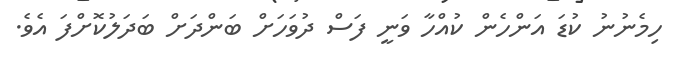
ހިމެނުނު ކުޑަ އަންހެން ކުއްހާ ވަނީ ފަސް ދުވަހަށް ބަންދަށް ބަދަލުކޮށްފަ އެވެ.